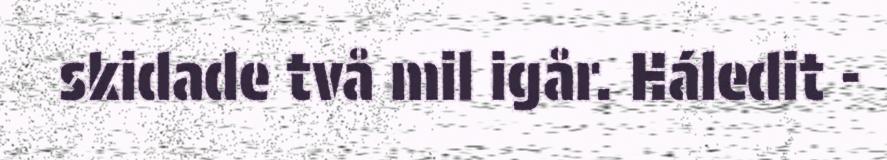
skidade två mil igår. Háledit -